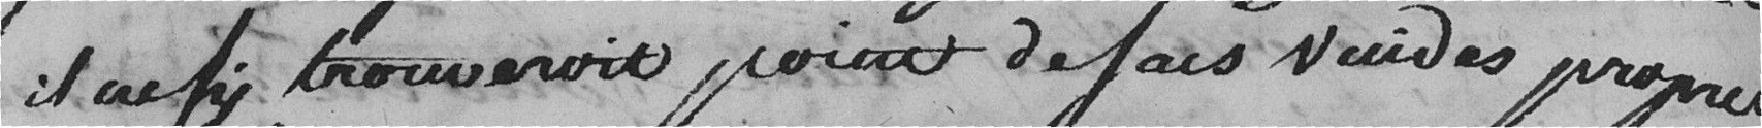
il ne s'y trouverait point de sacs vides propres